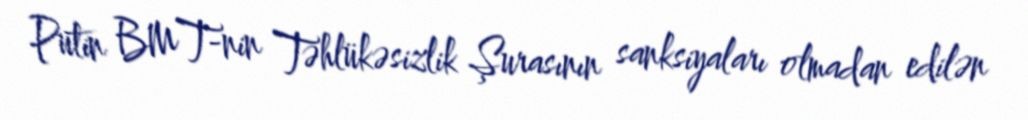
Putin BMT-nin Təhlükəsizlik Şurasının sanksiyaları olmadan edilən